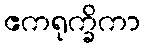
ဧကရုက္ခိကာ